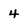
Character: 4